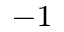
^ { - 1 }